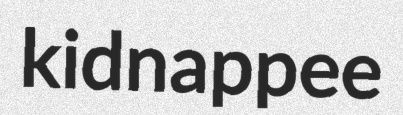
kidnappee